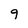
Character: 9